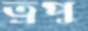
ত্রপু